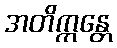
အတိက္ကန္တေ